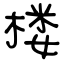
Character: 楼